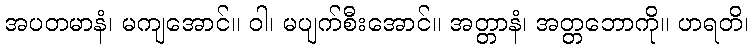
အပတမာနံ၊ မကျအောင်။ ဝါ၊ မပျက်စီးအောင်။ အတ္တာနံ၊ အတ္တဘောကို။ ဟရတိ၊